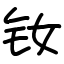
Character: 钕